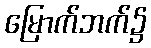
မြောက်ဘက်၌